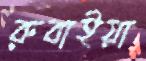
রুবাইয়া